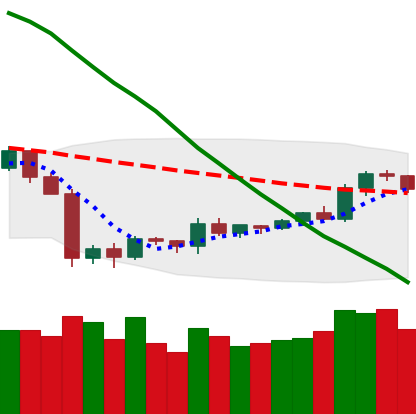
Ticker: TRX-USD
Chart end date: 2019-10-10
Forward return: -3.488%
Label: down_3_5